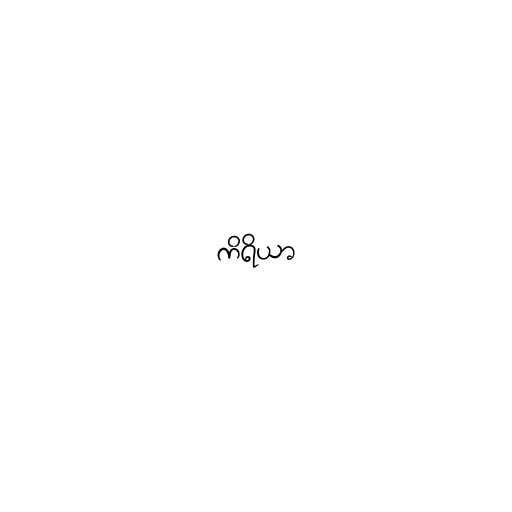
ကိရိယာ